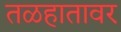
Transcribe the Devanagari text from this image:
तळहातावर